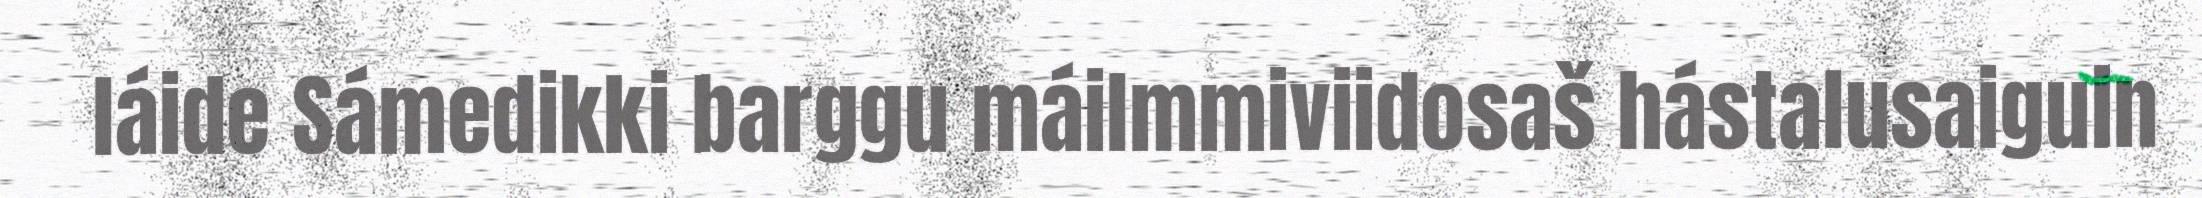
láide Sámedikki barggu máilmmiviidosaš hástalusaiguin